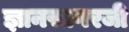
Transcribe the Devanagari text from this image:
ज्ञानसागरजी